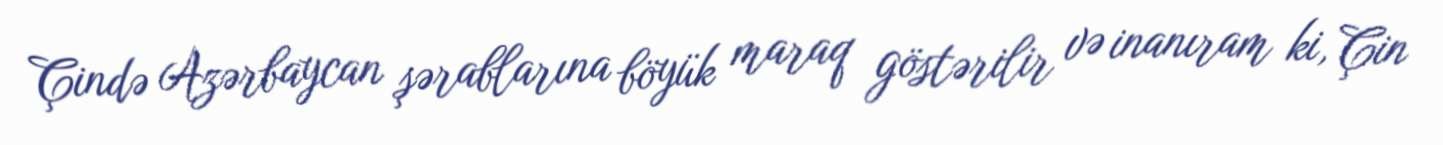
Çində Azərbaycan şərablarına böyük maraq göstərilir və inanıram ki, Çin